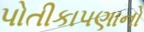
પોતીકાપણાનો